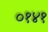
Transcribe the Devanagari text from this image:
०१४१